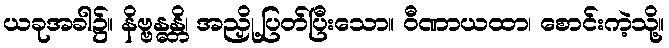
ယခုအခါ၌။ နိဗ္ဗန္ဓန္တိ၊ အညှို့ပြတ်ပြီးသော။ ဝီဏာယထာ၊ စောင်းကဲ့သို့။